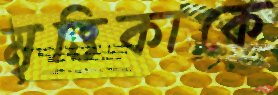
মৃত্তিকাকে